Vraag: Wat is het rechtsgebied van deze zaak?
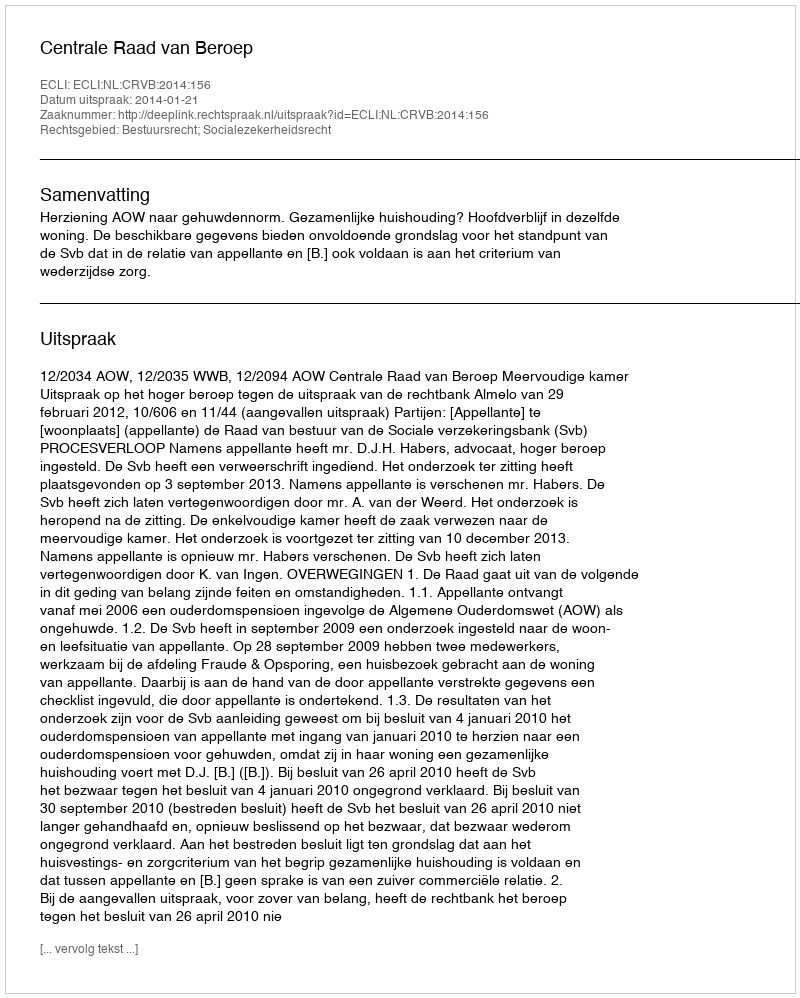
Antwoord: Bestuursrecht; Socialezekerheidsrecht